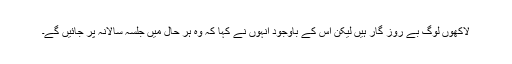
لاکھوں لوگ بے روز گار ہیں لیکن اس کے باوجود انہوں نے کہا کہ وہ ہر حال میں جلسہ سالانہ پر جائیں گے۔